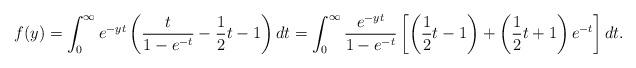
LaTeX: \begin{align*}f(y) = \int_0^\infty e^{-yt}\left( \frac{t}{1-e^{-t}}-\frac{1}{2}t-1\right)dt= \int_0^\infty \frac{e^{-yt}}{1-e^{-t}}\left[ \left(\frac{1}{2}t-1\right)+\left(\frac{1}{2}t+1\right)e^{-t}\right]dt.\end{align*}